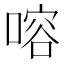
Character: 𠹍